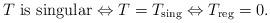
LaTeX: \begin{align*} T \mbox{ is singular} \Leftrightarrow T=T_{\rm sing} \Leftrightarrow T_{\rm reg}=0.\end{align*}